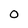
Character: O